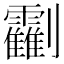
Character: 𠠰